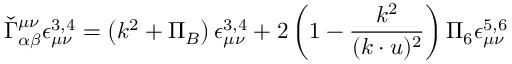
\check { \Gamma } _ { \alpha \beta } ^ { \mu \nu } \epsilon _ { \mu \nu } ^ { 3 , 4 } = \left( k ^ { 2 } + \Pi _ { B } \right) \epsilon _ { \mu \nu } ^ { 3 , 4 } + 2 \left( 1 - \frac { k ^ { 2 } } { ( k \cdot u ) ^ { 2 } } \right) \Pi _ { 6 } \epsilon _ { \mu \nu } ^ { 5 , 6 }